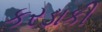
કરડાકી